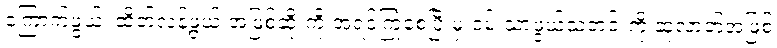
ကြောက်ဖွယ်၊ ထိတ်လန့်ဖွယ် အဖြစ်ဆိုးကို အရင်ကြုံစေပြီးမှ ဝမ်းသာဖွယ်သတင်းကို ဆုလာဘ်အဖြစ်